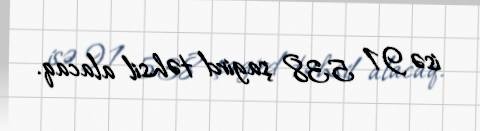
isə 91 538 şagird təhsil alacaq.